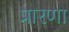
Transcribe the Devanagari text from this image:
प्रारणा